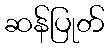
ဆန်ပြုတ်